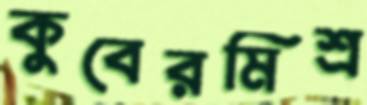
কুবেরমিশ্র